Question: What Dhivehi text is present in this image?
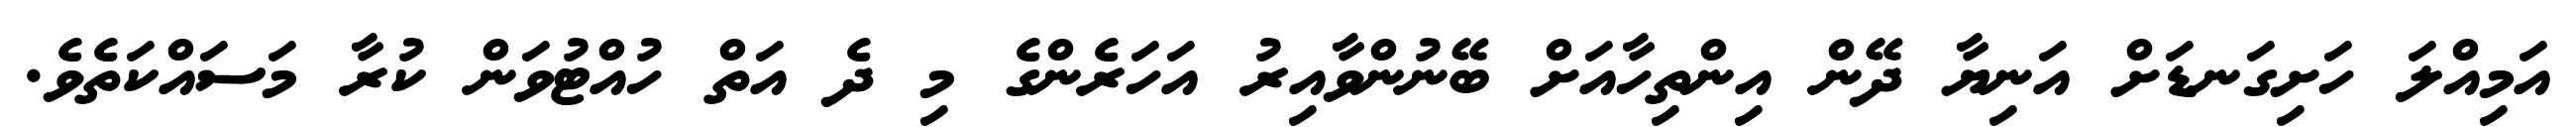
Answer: އަމިއްލަ ހަށިގަނޑަށް އަނިޔާ ދޭން އިންތިހާއަށް ބޭނުންވާއިރު އަހަރެންގެ މި ދެ އަތް ހުއްޓުވަން ކުރާ މަސައްކަތެވެ.